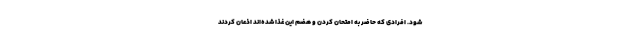
شود. افرادی که حاضر به امتحان کردن و هضم این غذا شده‌اند اذعان کردند